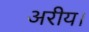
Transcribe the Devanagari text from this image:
अरीय।